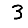
Digit: 3